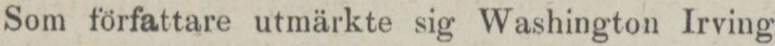
Som författare utmärkte sig Washington Irving